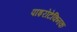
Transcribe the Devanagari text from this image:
पाइरोटेक्निक